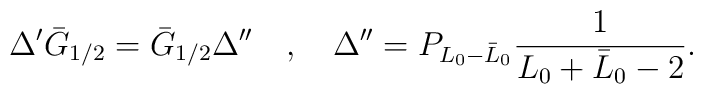
\Delta^\prime \bar{G}_{1/2}=\bar{G}_{1/2}\Delta^{\prime\prime}\quad,\quad\Delta^{\prime\prime}=P_{L_0-\bar{L}_0}{1\over L_0+\bar{L}_0-2}.